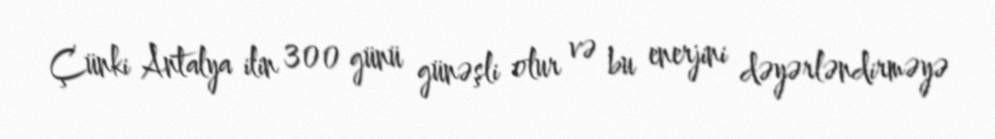
Çünki Antalya ilin 300 günü günəşli olur və bu enerjini dəyərləndirməyə